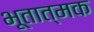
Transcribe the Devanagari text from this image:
भूतात्मक